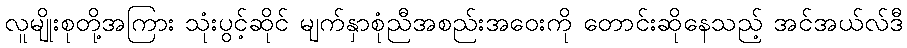
လူမျိုးစုတို့အကြား သုံးပွင့်ဆိုင် မျက်နှာစုံညီအစည်းအဝေးကို တောင်းဆိုနေသည့် အင်အယ်လ်ဒီ